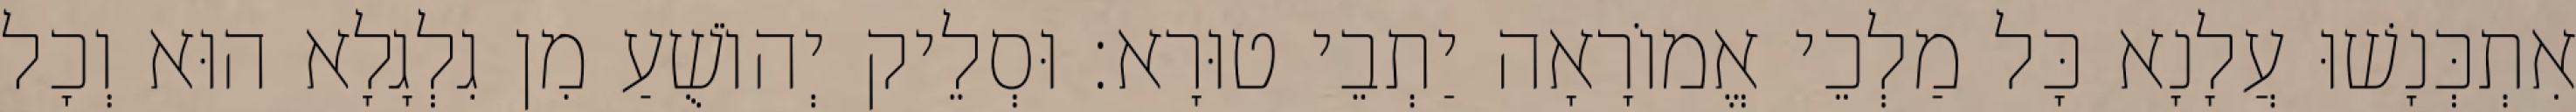
אִתְכְּנָשׁוּ עֲלָנָא כָּל מַלְכֵי אֱמוֹרָאָה יַתְבֵי טוּרָא׃ וּסְלֵיק יְהוֹשֻׁעַ מִן גִלְגָלָא הוּא וְכָל